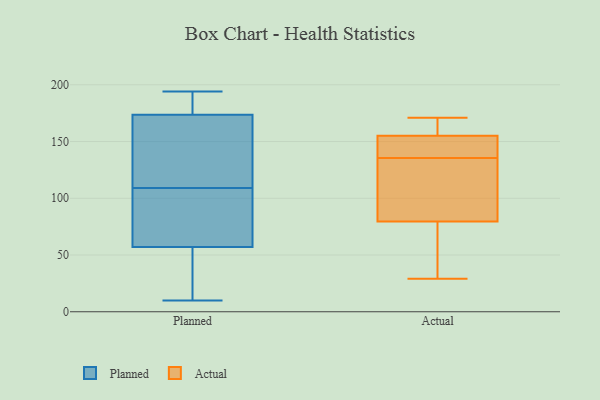
{"axis": {"x": "Conversion Rate (%)", "y": "Value"}, "legend": ["Actual", "Planned"], "data": [{"x": "", "y": 74, "type": "Planned"}, {"x": "", "y": 108, "type": "Planned"}, {"x": "", "y": 187, "type": "Planned"}, {"x": "", "y": 172, "type": "Planned"}, {"x": "", "y": 194, "type": "Planned"}, {"x": "", "y": 63, "type": "Planned"}, {"x": "", "y": 110, "type": "Planned"}, {"x": "", "y": 175, "type": "Planned"}, {"x": "", "y": 51, "type": "Planned"}, {"x": "", "y": 133, "type": "Planned"}, {"x": "", "y": 10, "type": "Planned"}, {"x": "", "y": 18, "type": "Planned"}, {"x": "", "y": 89, "type": "Actual"}, {"x": "", "y": 134, "type": "Actual"}, {"x": "", "y": 163, "type": "Actual"}, {"x": "", "y": 29, "type": "Actual"}, {"x": "", "y": 115, "type": "Actual"}, {"x": "", "y": 164, "type": "Actual"}, {"x": "", "y": 156, "type": "Actual"}, {"x": "", "y": 42, "type": "Actual"}, {"x": "", "y": 65, "type": "Actual"}, {"x": "", "y": 137, "type": "Actual"}, {"x": "", "y": 171, "type": "Actual"}, {"x": "", "y": 111, "type": "Actual"}, {"x": "", "y": 154, "type": "Actual"}, {"x": "", "y": 70, "type": "Actual"}, {"x": "", "y": 139, "type": "Actual"}, {"x": "", "y": 153, "type": "Actual"}]}